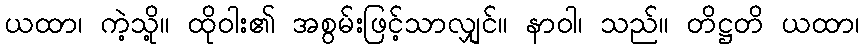
ယထာ၊ ကဲ့သို့။ ထိုဝါး၏ အစွမ်းဖြင့်သာလျှင်။ နာဝါ၊ သည်။ တိဋ္ဌတိ ယထာ၊